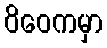
ဝိဝေကမှာ